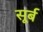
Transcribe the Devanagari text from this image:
सूर्ब